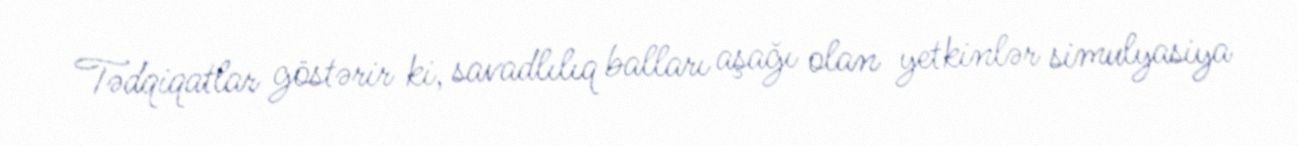
Tədqiqatlar göstərir ki, savadlılıq balları aşağı olan yetkinlər simulyasiya